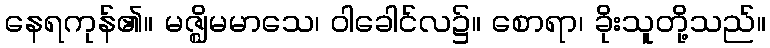
နေရကုန်၏။ မဇ္ဈိမမာသေ၊ ဝါခေါင်လ၌။ စောရာ၊ ခိုးသူတို့သည်။